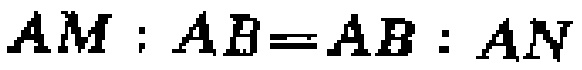
$AM:AB = AB:AN$